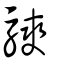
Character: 騻